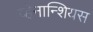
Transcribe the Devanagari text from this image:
व्हेनान्शियस